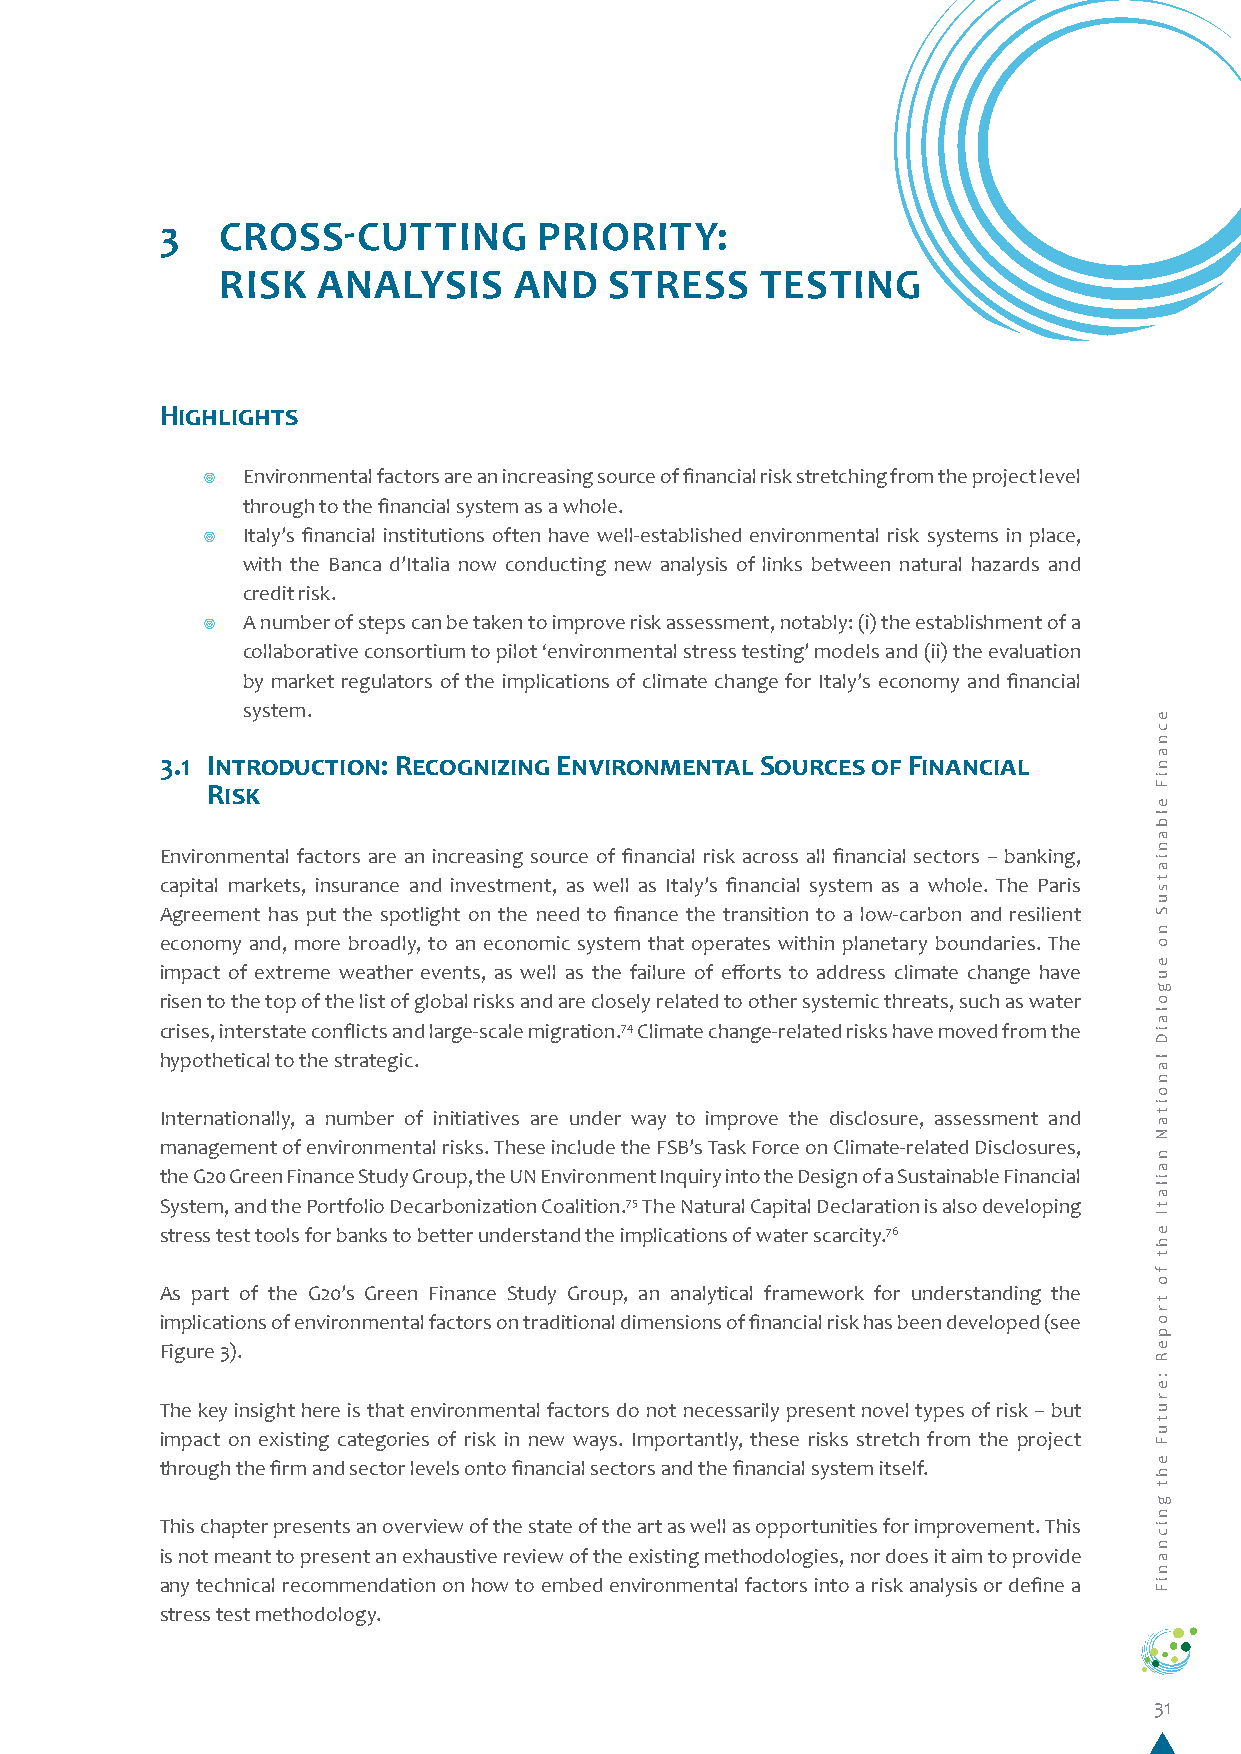
3   CROSS-CUTTING        PRIORITY:
 RISK  ANALYSIS     AND   STRESS    TESTING
 Highlights
 ¥  Environmental factors are an increasing source of financial risk stretching from the project level
 through to the financial system as a whole.
 ¥  Italy’s financial institutions often have well-established environmental risk systems in place,
 with the Banca d’Italia now conducting new analysis of links between natural hazards and
 credit risk.
 ¥  A number of steps can be taken to improve risk assessment, notably: (i) the establishment of a
 collaborative consortium to pilot ‘environmental stress testing’ models and (ii) the evaluation
 by market regulators of the implications of climate change for Italy’s economy and financial
 system.
 3.1 Introduction: Recognizing Environmental Sources of Financial
 Risk
 Environmental factors are an increasing source of financial risk across all financial sectors – banking,
 capital markets, insurance and investment, as well as Italy’s financial system as a whole. The Paris
 Agreement has put the spotlight on the need to finance the transition to a low-carbon and resilient
 economy and, more broadly, to an economic system that operates within planetary boundaries. The
 impact of extreme weather events, as well as the failure of efforts to address climate change have
 risen to the top of the list of global risks and are closely related to other systemic threats, such as water
 crises, interstate conflicts and large-scale migration.74 Climate change-related risks have moved from the
 hypothetical to the strategic.
 Internationally, a number of initiatives are under way to improve the disclosure, assessment and
 management of environmental risks. These include the FSB’s Task Force on Climate-related Disclosures,
 the G20 Green Finance Study Group, the UN Environment Inquiry into the Design of a Sustainable Financial
 System, and the Portfolio Decarbonization Coalition.75 The Natural Capital Declaration is also developing
 stress test tools for banks to better understand the implications of water scarcity.76
 As part of the G20’s Green Finance Study Group, an analytical framework for understanding the
 implications of environmental factors on traditional dimensions of financial risk has been developed (see
 Figure 3).
 The key insight here is that environmental factors do not necessarily present novel types of risk – but
 impact on existing categories of risk in new ways. Importantly, these risks stretch from the project
 through the firm and sector levels onto financial sectors and the financial system itself.
 This chapter presents an overview of the state of the art as well as opportunities for improvement. This
 is not meant to present an exhaustive review of the existing methodologies, nor does it aim to provide
 any technical recommendation on how to embed environmental factors into a risk analysis or define a
 stress test methodology.
 31
 ecnaniF
 elbaniatsuS
 no
 eugolaiD
 lanoitaN
 nailatI
 eht
 fo
 tropeR
 :erutuF
 eht
 gnicnaniF